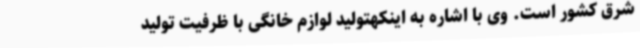
شرق کشور است. وی با اشاره به اینکهتولید لوازم خانگی با ظرفیت تولید